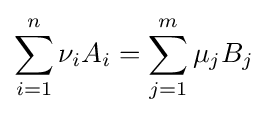
\sum _{i=1}^{n}\nu _{i}A_{i}=\sum _{j=1}^{m}\mu _{j}B_{j}